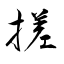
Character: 搓